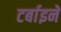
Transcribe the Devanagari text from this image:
टर्बाइनें